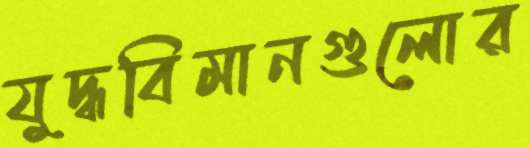
যুদ্ধবিমানগুলোর